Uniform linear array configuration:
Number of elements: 48
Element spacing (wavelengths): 0.5
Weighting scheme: kaiser
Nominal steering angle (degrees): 60
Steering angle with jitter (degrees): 61.968
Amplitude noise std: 0.05
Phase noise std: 0.05

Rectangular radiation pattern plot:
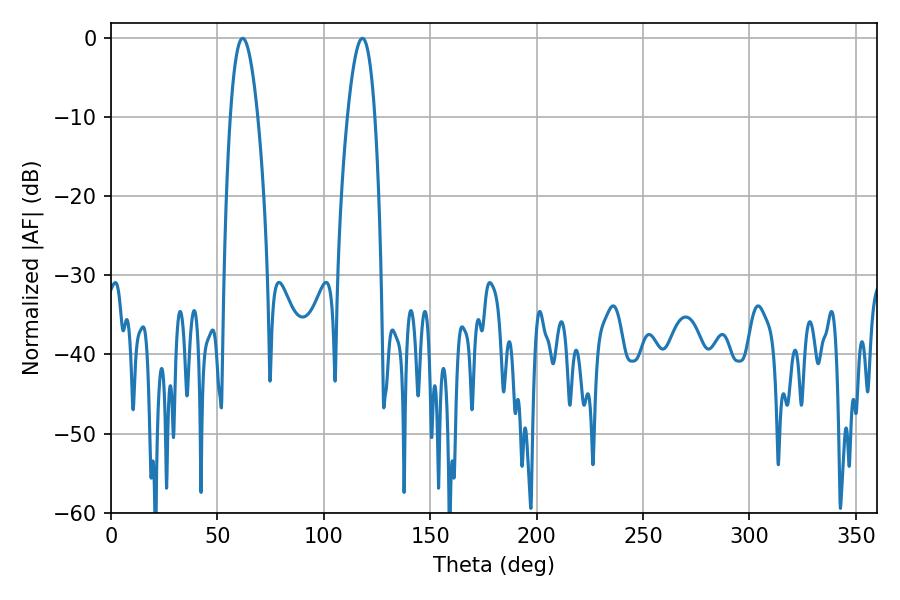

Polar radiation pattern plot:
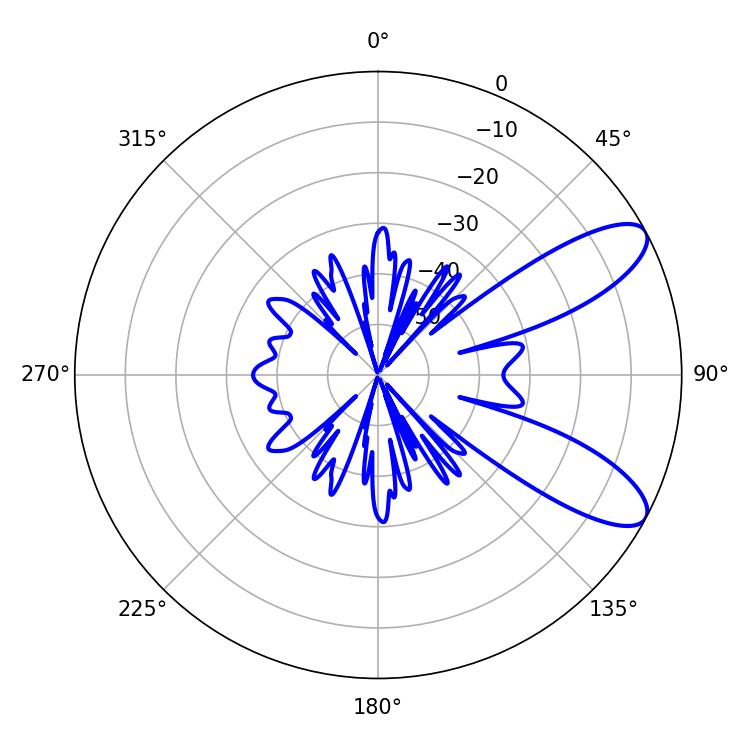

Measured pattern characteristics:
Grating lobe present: FALSE
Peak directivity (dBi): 9.288
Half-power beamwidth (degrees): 7.02
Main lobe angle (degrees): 61.92